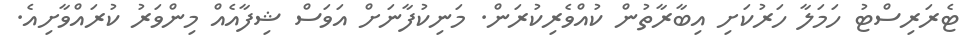
ޓެރަރިސްޓު ހަމަލާ ހަރުކަށި އިބާރާތުން ކުއްވެރިކުރަން. މަނިކުފާނަށް އަވަސް ޝިފާއެއް މިންވަރު ކުރައްވާށިއެ.